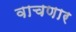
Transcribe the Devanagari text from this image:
वाचणार